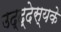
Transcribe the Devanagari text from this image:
उद्द्देस्यके